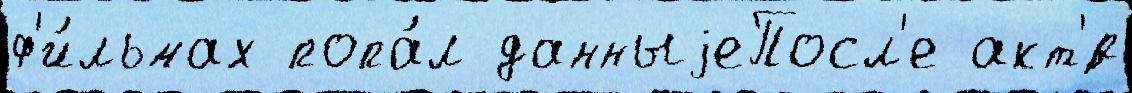
ф'и́льмах попа́л данныjеПосл'е акт'́р